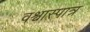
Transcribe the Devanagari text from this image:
वश्वास्पात्र